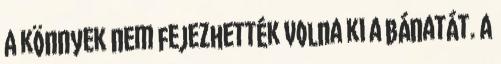
A könnyek nem fejezhették volna ki a bánatát. A